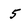
Character: 5